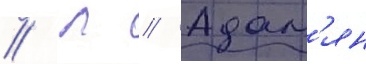
// Л // Адам'ян